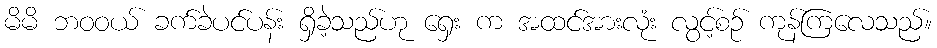
မိမိ ဘဝဝယ် ခက်ခဲပင်ပန်း ရှိခဲ့သည်ဟု ရှေး က အထင်အားလုံး လွင့်စဉ် ကုန်ကြလေသည်။